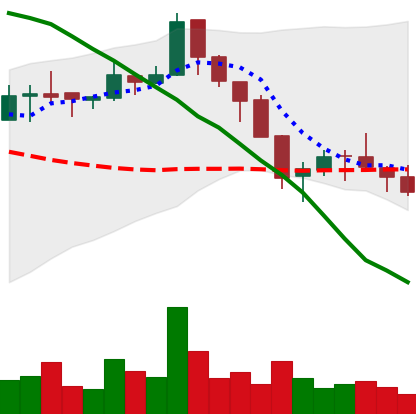
Ticker: ETC-USD
Chart end date: 2018-05-17
Forward return: -3.342%
Label: down_3_5